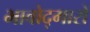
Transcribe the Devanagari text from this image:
भावोद्गारों